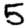
Digit: 5